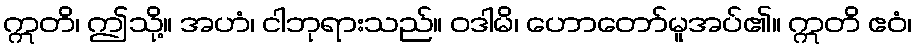
ဣတိ၊ ဤသို့။ အဟံ၊ ငါဘုရားသည်။ ဝဒါမိ၊ ဟောတော်မူအပ်၏။ ဣတိ ဧဝံ၊